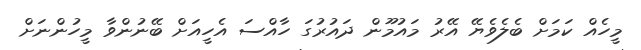
މީހެއް ކަމަށް ބެލެވެޔޭ އޭރު މައުމޫން ދައުރުގަ ހާއްސަ އެހީއަށް ބޭނުންވާ މީހުންނަށް